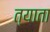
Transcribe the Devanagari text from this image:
त्याता